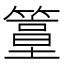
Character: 𥴀